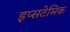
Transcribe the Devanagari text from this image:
इप्सटेमिक